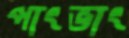
পাংভাং